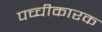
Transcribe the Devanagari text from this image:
पच्चीकारक